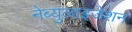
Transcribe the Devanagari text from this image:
नेब्युलाइजेशन